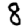
Digit: 8